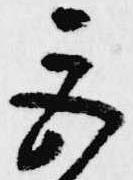
巨